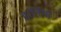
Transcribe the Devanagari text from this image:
हार्नियां